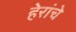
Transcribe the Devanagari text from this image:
हेरांचे